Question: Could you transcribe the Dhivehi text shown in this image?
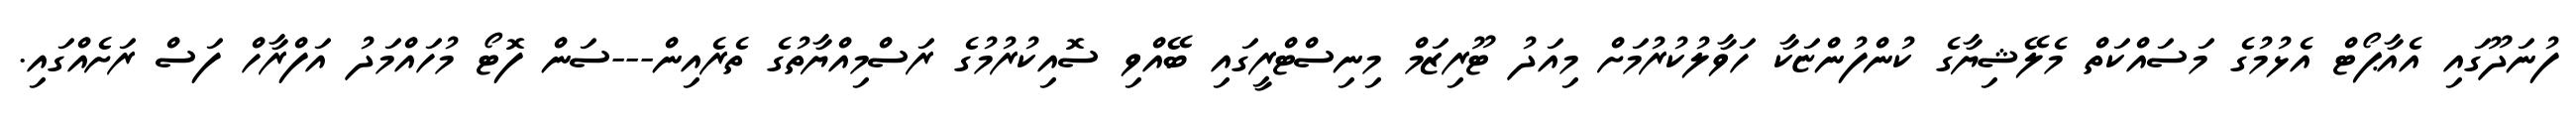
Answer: ފުނަދޫގައި އެއާޕޯޓް އެޅުމުގެ މަސައްކަތް މެލޭޝިޔާގެ ކުންފުންޏަކާ ހަވާލުކުރުމަށް މިއަދު ޓޫރިޒަމް މިނިސްޓްރީގައި ބޭއްވި ސޮއިކުރުމުގެ ރަސްމިއްޔާތުގެ ތެރެއިން---ސަން ފޮޓޯ މުހައްމަދު އަފްރާހް ފަސް ރަށެއްގައި.